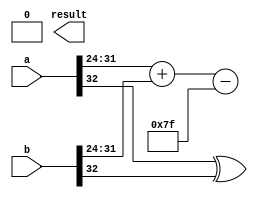
module FloatingPointWallaceTreeMultiplier #(
    parameter E = 8, // Exponent bits
    parameter M = 23  // Significand bits
)(
    input wire [E + M + 1:0] a, // Input floating-point number a
    input wire [E + M + 1:0] b, // Input floating-point number b
    output reg [E + M + 1:0] result // Output floating-point product
);

    // Constants
    localparam BIAS = (1 << (E - 1)) - 1; // Bias for exponent

    // Extract sign, exponent, and significand
    wire sign_a = a[E + M + 1];
    wire sign_b = b[E + M + 1];
    wire [E-1:0] exp_a = a[E + M: M + 1];
    wire [E-1:0] exp_b = b[E + M: M + 1];
    wire [M:0] sig_a = {1'b1, a[M - 1:0]}; // Implicit leading 1
    wire [M:0] sig_b = {1'b1, b[M - 1:0]}; // Implicit leading 1

    // Partial product generation
    wire [2*M:0] pp [0:M]; // Partial products

    genvar i, j;
    generate
        for (i = 0; i < M; i = i + 1) begin : pp_gen
            for (j = 0; j < M + 1; j = j + 1) begin : pp_bit
                assign pp[i][j] = sig_a[i] & sig_b[j];
            end
        end
    endgenerate

    // Wallace tree reduction
    wire [2*M:0] sum [0:M-1]; // Sums for Wallace tree
    wire [M:0] carry [0:M-1]; // Carries for Wallace tree

    // Initial stage of addition
    genvar k;
    generate
        for (k = 0; k < M; k = k + 1) begin : add_stage
            assign sum[k][0] = pp[k][0];
            assign carry[k][0] = 0;
            for (j = 1; j <= 2*M; j = j + 1) begin
                assign {carry[k][j], sum[k][j]} = pp[k][j] + carry[k][j-1];
            end
        end
    endgenerate

    // Final stage to get the result significand
    wire [2*M:0] final_sum;
    wire final_carry;

    // Final reduction logic (this needs to be expanded for actual Wallace tree)
    assign {final_carry, final_sum} = sum[0] + sum[1]; // Simplified

    // Exponent calculation
    wire [E:0] result_exp = exp_a + exp_b - BIAS; // Exponent adjustment

    // Sign calculation
    wire result_sign = sign_a ^ sign_b;

    // Normalization and rounding (simplified)
    reg [M:0] normalized_sig;
    reg [E:0] adjusted_exp;

    always @(*) begin
        // Normalization logic (simplified)
        if (final_sum[2*M]) begin
            normalized_sig = final_sum[M-1:0]; // Shift if needed
            adjusted_exp = result_exp + 1;
        end else begin
            normalized_sig = final_sum[M:0]; // No shift needed
            adjusted_exp = result_exp;
        end

        // Rounding (simplified)
        // Implement rounding logic here if necessary

        // Assemble result
        result = {result_sign, adjusted_exp[E-1:0], normalized_sig[M-1:0]};
    end

    // Handle special cases (zero, infinity, NaN)
    // Add logic to handle special cases based on the IEEE 754 standard

endmodule